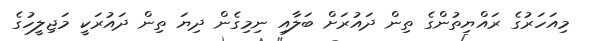
މިއަހަރުގެ ރައްޔިތުންގެ ތިން ދައުރަށް ބަލާއި ނިމިގެން ދިޔަ ތިން ދައުރަކީ މަޖިލީހުގެ